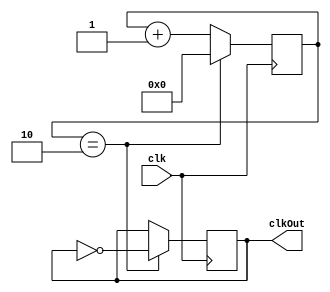
module secondCounter (clk, clkOut);

input clk;
output reg clkOut=0;

reg [31:0] count = 0;

always @(negedge clk)
begin
	//if (count == 49999999)
	if (count == 2)
        begin
            clkOut <= ~clkOut;
            count <=0;
        end
	else
	     count <= count + 1;	
end
endmodule